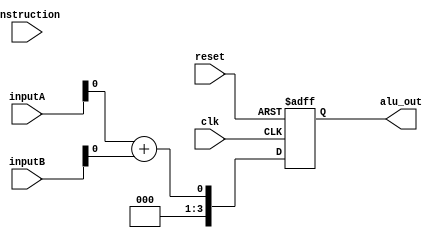
module ALU(alu_out,instruction,inputA,inputB,clk,reset);
output [3:0] alu_out;
input [3:0] inputA,inputB;
input instruction;
input clk,reset;

reg [3:0] alu_out;

always@(posedge clk or negedge reset)
begin
  if(!reset)
    alu_out <= 0;
  else
    alu_out <= X;
end

always@(inputA or inputB or instruction)
begin
  if(!instruction)
    X=inputA+inputB;
  else
    X=inputA+inputB;
end

endmodule